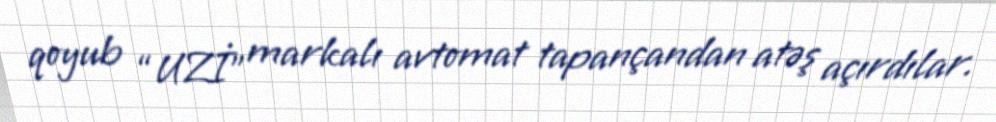
qoyub “UZİ” markalı avtomat tapançandan atəş açırdılar.